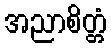
အညာစိတ္တံ